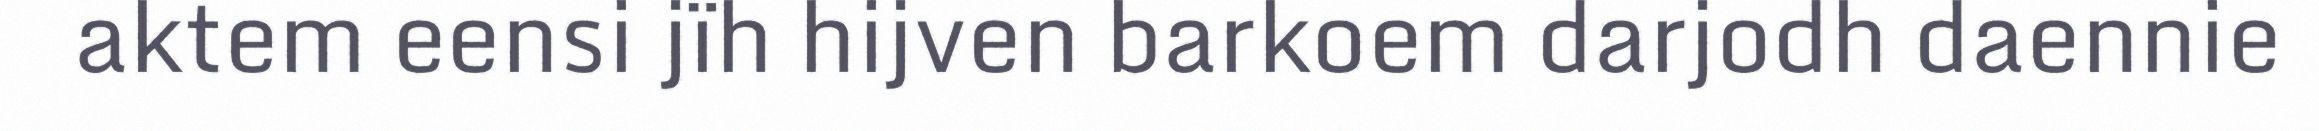
aktem eensi jïh hijven barkoem darjodh daennie